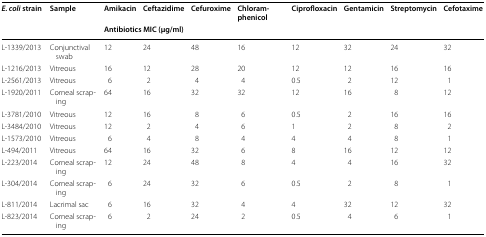
<table><thead><tr><td rowspan="2"><b><i>E. coli</i> strain</b></td><td rowspan="2"><b>Sample</b></td><td><b>Amikacin</b></td><td><b>Ceftazidime</b></td><td><b>Cefuroxime</b></td><td><b>Chloramphenicol</b></td><td><b>Ciprofloxacin</b></td><td><b>Gentamicin</b></td><td><b>Streptomycin</b></td><td><b>Cefotaxime</b></td></tr><tr><td colspan="8"><b>Antibiotics MIC (μg/ml)</b></td></tr></thead><tbody><tr><td>L-1339/2013</td><td>Conjunctival swab</td><td>12</td><td>24</td><td>48</td><td>16</td><td>12</td><td>32</td><td>24</td><td>32</td></tr><tr><td>L-1216/2013</td><td>Vitreous</td><td>16</td><td>12</td><td>28</td><td>20</td><td>12</td><td>12</td><td>16</td><td>16</td></tr><tr><td>L-2561/2013</td><td>Vitreous</td><td>6</td><td>2</td><td>4</td><td>4</td><td>0.5</td><td>2</td><td>12</td><td>1</td></tr><tr><td>L-1920/2011</td><td>Corneal scraping</td><td>64</td><td>16</td><td>32</td><td>32</td><td>12</td><td>16</td><td>8</td><td>12</td></tr><tr><td>L-3781/2010</td><td>Vitreous</td><td>12</td><td>16</td><td>8</td><td>6</td><td>0.5</td><td>2</td><td>16</td><td>16</td></tr><tr><td>L-3484/2010</td><td>Vitreous</td><td>12</td><td>2</td><td>4</td><td>6</td><td>1</td><td>2</td><td>8</td><td>2</td></tr><tr><td>L-1573/2010</td><td>Vitreous</td><td>6</td><td>4</td><td>8</td><td>4</td><td>4</td><td>4</td><td>8</td><td>1</td></tr><tr><td>L-494/2011</td><td>Vitreous</td><td>64</td><td>16</td><td>32</td><td>6</td><td>8</td><td>16</td><td>12</td><td>12</td></tr><tr><td>L-223/2014</td><td>Corneal scraping</td><td>12</td><td>24</td><td>48</td><td>8</td><td>4</td><td>4</td><td>16</td><td>32</td></tr><tr><td>L-304/2014</td><td>Corneal scraping</td><td>6</td><td>24</td><td>32</td><td>6</td><td>0.5</td><td>2</td><td>8</td><td>1</td></tr><tr><td>L-811/2014</td><td>Lacrimal sac</td><td>6</td><td>16</td><td>32</td><td>4</td><td>4</td><td>32</td><td>12</td><td>32</td></tr><tr><td>L-823/2014</td><td>Corneal scraping</td><td>6</td><td>2</td><td>24</td><td>2</td><td>0.5</td><td>4</td><td>6</td><td>1</td></tr></tbody></table>